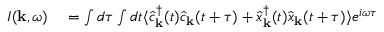
\begin{array} { r l } { I ( { \bf k } , \omega ) } & { { } = \int d \tau \int d t \langle \hat { c } _ { \bf k } ^ { \dagger } ( t ) \hat { c } _ { \bf k } ( t + \tau ) + \hat { x } _ { \bf k } ^ { \dagger } ( t ) \hat { x } _ { \bf k } ( t + \tau ) \rangle e ^ { i \omega \tau } } \end{array}